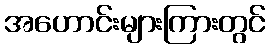
အဟောင်းများကြားတွင်